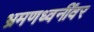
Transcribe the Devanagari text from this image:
भ्रमणध्वनींवर